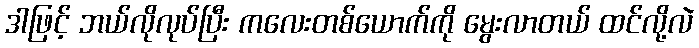
ဒါဖြင့် ဘယ်လိုလုပ်ပြီး ကလေးတစ်ယောက်ကို မွေးလာတယ် ထင်လို့လဲ